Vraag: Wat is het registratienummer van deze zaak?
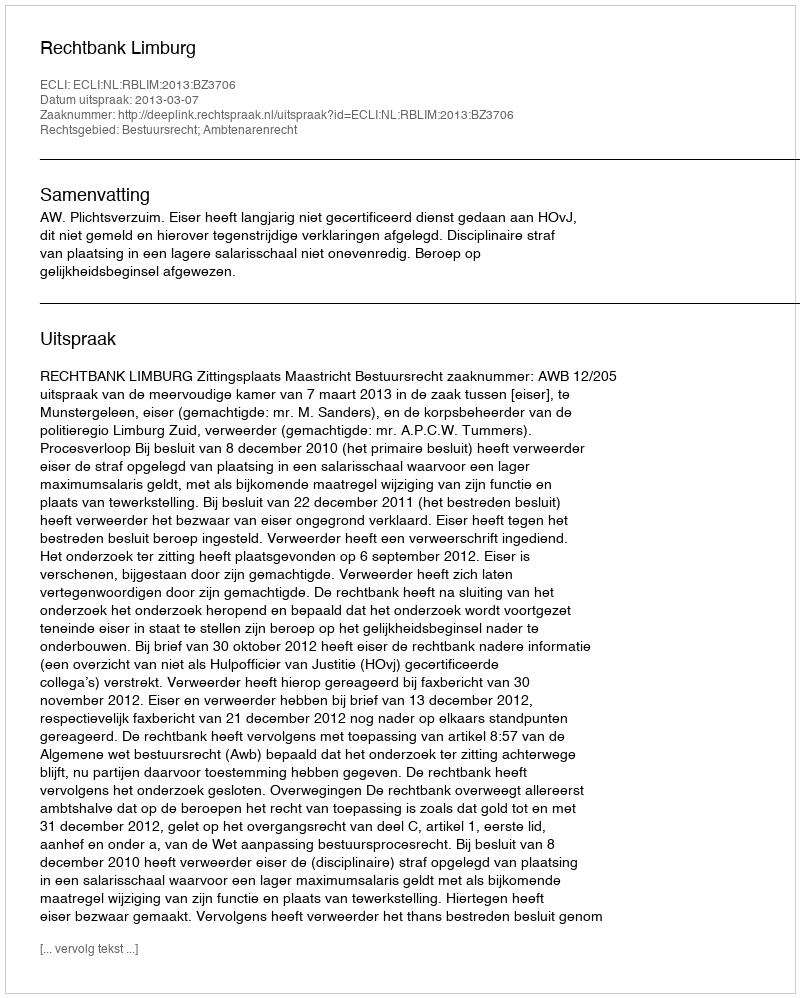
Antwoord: http://deeplink.rechtspraak.nl/uitspraak?id=ECLI:NL:RBLIM:2013:BZ3706